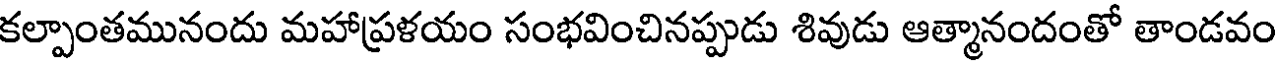
కల్పాంతమునందు మహాప్రళయం సంభవించినప్పుడు శివుడు ఆత్మానందంతో తాండవం